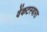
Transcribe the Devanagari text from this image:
वेंकटस्वारा